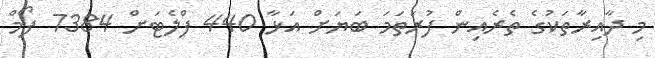
މި ދާއިރާތަކުގެ ތެރެއިން ފުރަތަމަ ބަޔަށް އަޅާ 440 ފްލެޓަށް 7384 ފޯމް